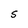
Character: S